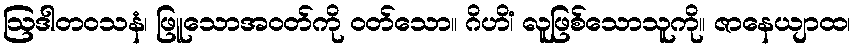
ဩဒါတဝသနံ၊ ဖြူသောအဝတ်ကို ဝတ်သော။ ဂိဟိံ၊ လူဖြစ်သောသူကို။ ဇာနေယျာထ၊